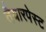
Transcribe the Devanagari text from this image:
तैयारपेस्ट